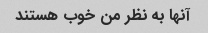
آنها به نظر من خوب هستند